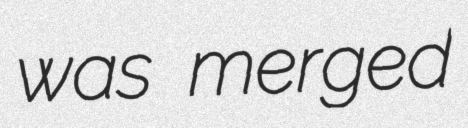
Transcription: was merged